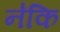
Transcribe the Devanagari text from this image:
न॑कि